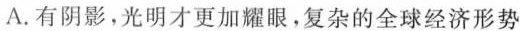
A.有阴影，光明才更加耀眼，复杂的全球经济形势